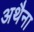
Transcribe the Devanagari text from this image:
अथैना